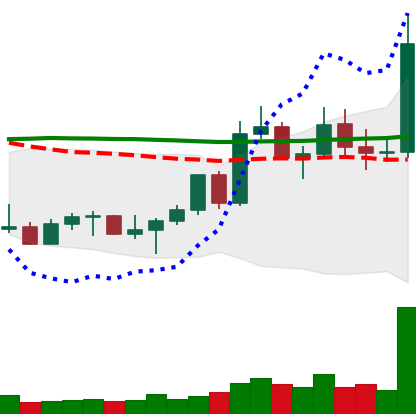
Ticker: LTC-USD
Chart end date: 2022-11-02
Forward return: 11.714%
Label: up_7plus